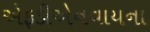
એફડીએનવાયના